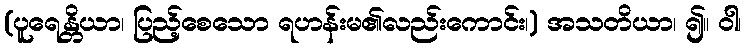
(ပူရေန္တိယာ၊ ပြည့်စေသော ရဟန်းမ၏လည်းကောင်း၊) အသတိယာ၊ ၍။ ဝါ၊